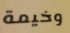
وخيمة